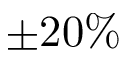
\pm 2 0 \%